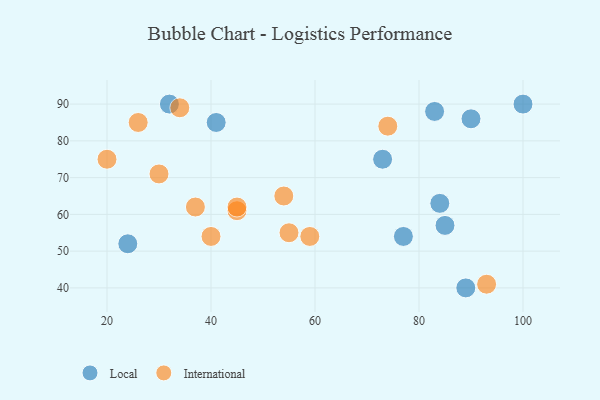
{"axis": {"x": "GDP", "y": "Life Expectancy"}, "legend": ["International", "Local"], "data": [{"x": "24", "y": 52, "type": "Local"}, {"x": "89", "y": 40, "type": "Local"}, {"x": "100", "y": 90, "type": "Local"}, {"x": "84", "y": 63, "type": "Local"}, {"x": "90", "y": 86, "type": "Local"}, {"x": "41", "y": 85, "type": "Local"}, {"x": "73", "y": 75, "type": "Local"}, {"x": "32", "y": 90, "type": "Local"}, {"x": "83", "y": 88, "type": "Local"}, {"x": "77", "y": 54, "type": "Local"}, {"x": "85", "y": 57, "type": "Local"}, {"x": "54", "y": 65, "type": "International"}, {"x": "30", "y": 71, "type": "International"}, {"x": "93", "y": 41, "type": "International"}, {"x": "59", "y": 54, "type": "International"}, {"x": "40", "y": 54, "type": "International"}, {"x": "55", "y": 55, "type": "International"}, {"x": "37", "y": 62, "type": "International"}, {"x": "34", "y": 89, "type": "International"}, {"x": "45", "y": 61, "type": "International"}, {"x": "74", "y": 84, "type": "International"}, {"x": "45", "y": 62, "type": "International"}, {"x": "26", "y": 85, "type": "International"}, {"x": "20", "y": 75, "type": "International"}]}